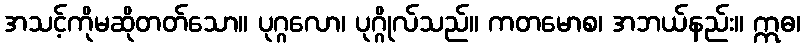
အသင့်ကိုမဆိုတတ်သော။ ပုဂ္ဂလော၊ ပုဂ္ဂိုလ်သည်။ ကတမောစ၊ အဘယ်နည်း။ ဣဓ၊